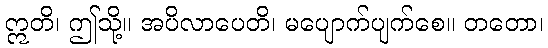
ဣတိ၊ ဤသို့။ အပိလာပေတိ၊ မပျောက်ပျက်စေ။ တတော၊